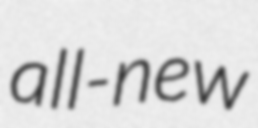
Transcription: all-new